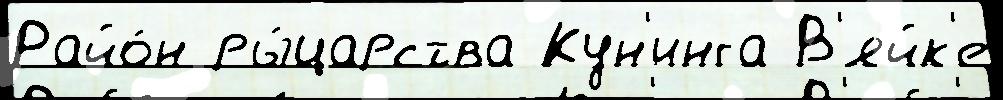
Райо́н ры́царства Кун'инга В'яйк'е